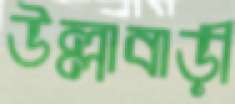
উল্লাবাড়ী